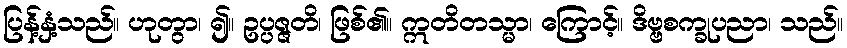
ပြန့်နှံ့သည်။ ဟုတွာ၊ ၍။ ဥပ္ပဇ္ဇတိ၊ ဖြစ်၏။ ဣတိတသ္မာ၊ ကြောင့်။ ဒိဗ္ဗစက္ခုပညာ၊ သည်။